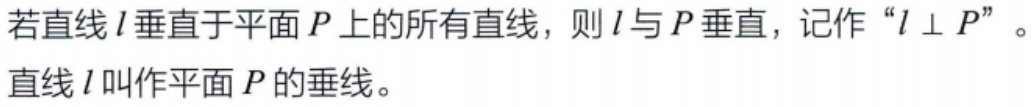
若直线\(l\)垂直于平面\(P\)上的所有直线，则\(l\)与\(P\)垂直，记作“\(l \perp P\)”。直线\(l\)叫作平面\(P\)的垂线。